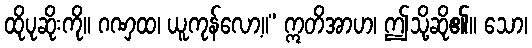
ထိုပုဆိုးကို။ ဂဏှထ၊ ယူကုန်လော့။” ဣတိအာဟ၊ ဤသို့ဆို၏။ သော၊